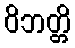
ဝိဘတ္တိ